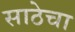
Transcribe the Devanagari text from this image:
साठेचा